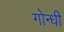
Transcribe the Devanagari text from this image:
गोन्धी